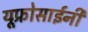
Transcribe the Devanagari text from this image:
यूफ़्रोसाईनी